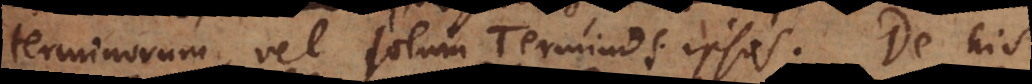
terminorum, vel solum Terminos ipsos. De his